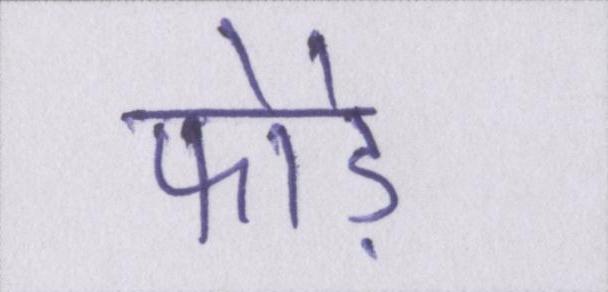
फोड़े